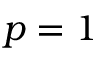
p = 1